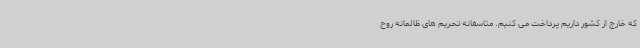
که خارج از کشور داریم پرداخت می کنیم. متاسفانه تحریم های ظالمانه روح